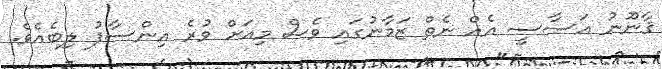
ޤާނޫނު އަސާސީ އެއް ނެތް ޒަމާނުގައި ވެސް މިއަށް ވުރެ އިންސާފު ލިބެއެވެ.